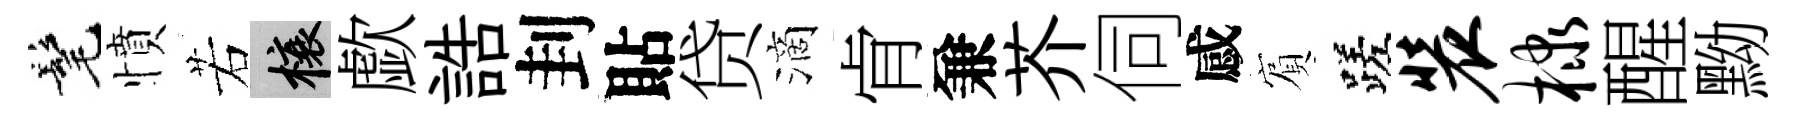
髦憤若榱歔誥刲貼贷滴肻兼芥伺感賔蹉装棣醒黝